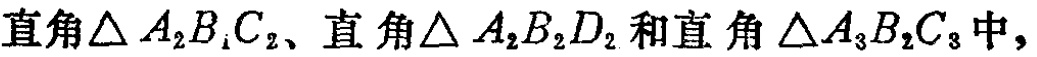
直角$\triangle A_{2}B_{1}C_{2}$、直角$\triangle A_{2}B_{2}D_{2}$和直角$\triangle A_{3}B_{2}C_{3}$中，